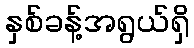
နှစ်ခန့်အရွယ်ရှိ